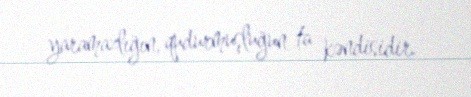
yaramazlığın, qudurmuşluğun ta kəndisidir.